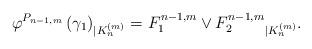
LaTeX: \begin{align*} \varphi^{P_{n-1,m}}\left(\gamma_1\right)_{\mid K^{(m)}_n}={F_1^{n-1,m}\vee F_2^{n-1,m}}_{\mid K^{(m)}_n}.\end{align*}